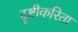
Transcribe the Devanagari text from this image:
दृष्टीकरिता